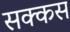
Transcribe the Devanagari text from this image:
सक्कस